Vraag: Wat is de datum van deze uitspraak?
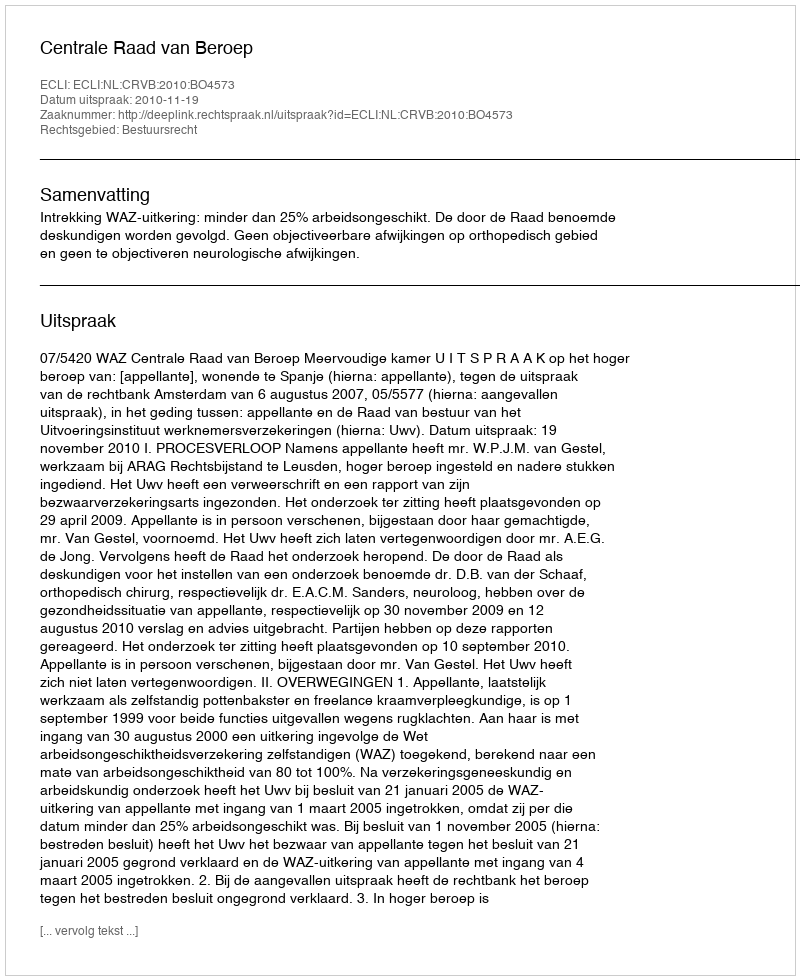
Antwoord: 2010-11-19